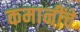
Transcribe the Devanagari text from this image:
कमानींचे